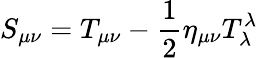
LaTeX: S_{\mu\nu}=T_{\mu\nu}-\frac{1}{2}\eta_{\mu\nu}T_{\lambda}^{\lambda}